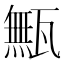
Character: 甒